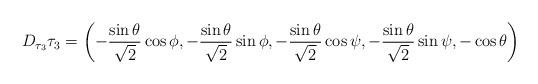
LaTeX: \begin{align*}D_{\tau_{3}}\tau_{3}=\left(-\frac{\sin\theta}{\sqrt{2}}\cos\phi, -\frac{\sin\theta}{\sqrt{2}}\sin\phi,-\frac{\sin\theta}{\sqrt{2}}\cos\psi, -\frac{\sin\theta}{\sqrt{2}}\sin\psi, -\cos\theta \right)\end{align*}